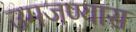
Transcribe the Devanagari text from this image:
उमजण्यास